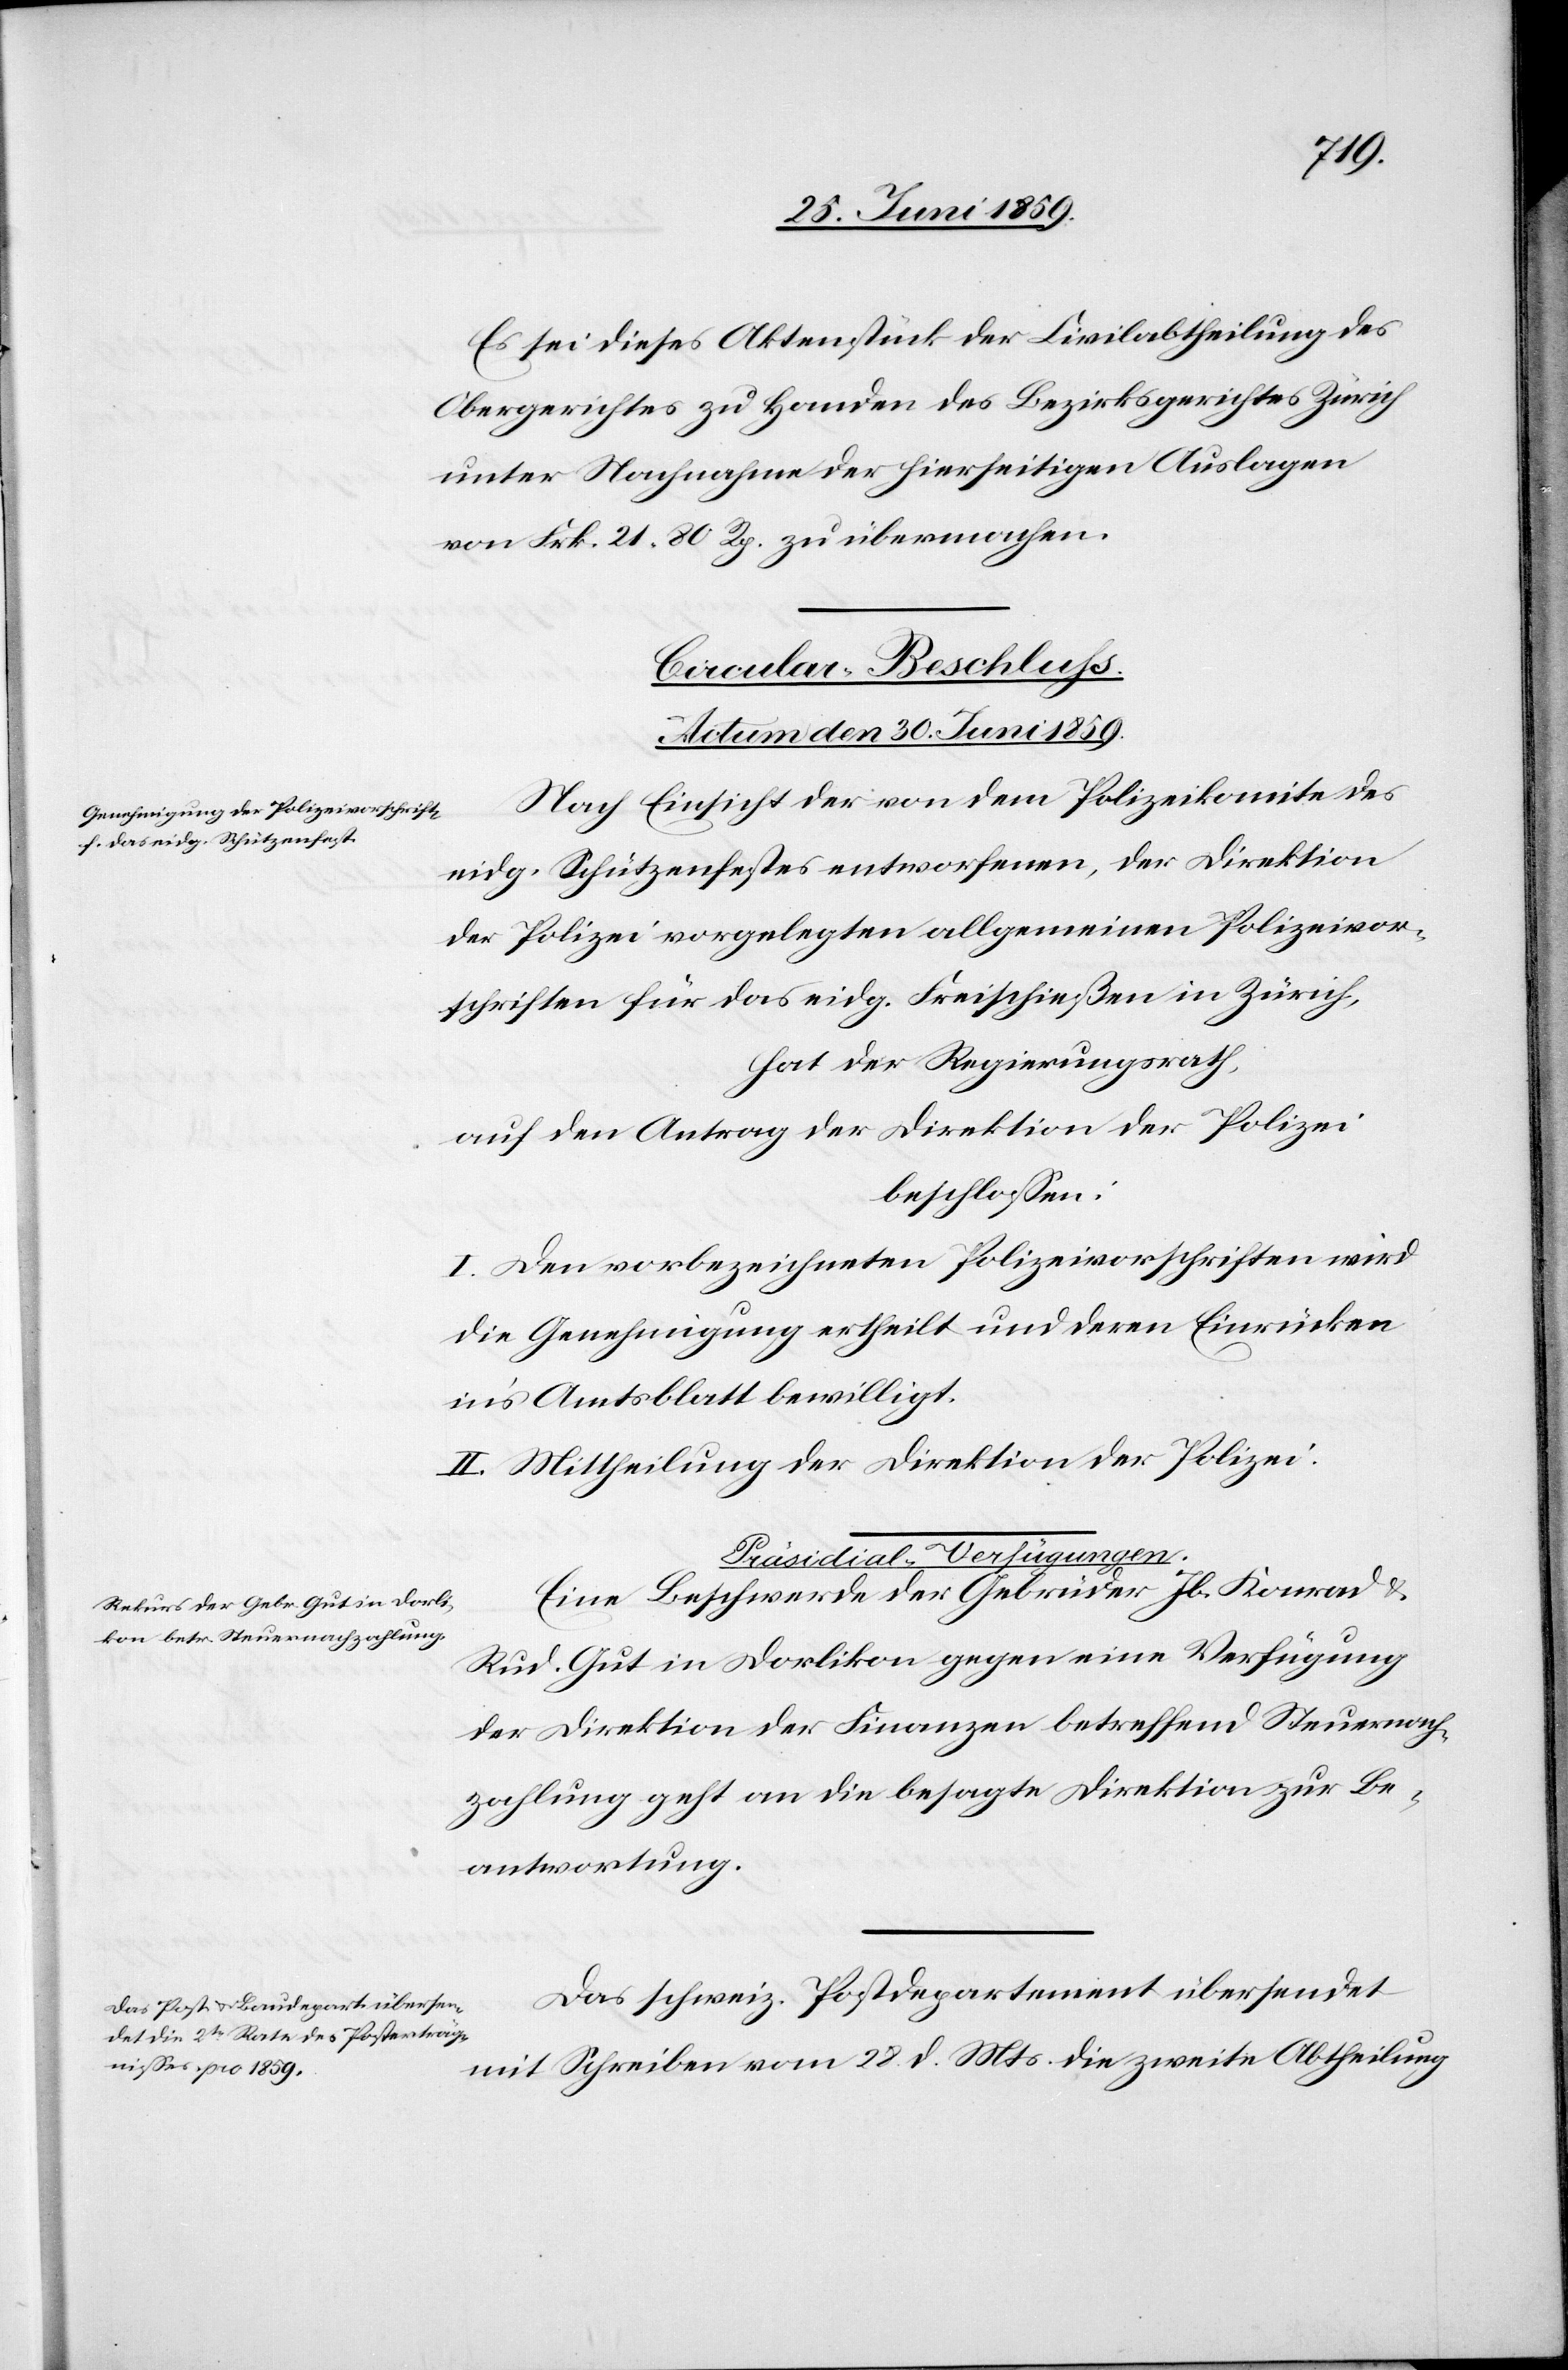
Es sei dieses Aktenstück der Civilabtheilung des
Obergerichtes zu Handen des Bezirksgerichtes Zürich
unter Nachnahme der hierseitigen Auslagen
von Frk. 21.80 Rp. zu übermachen.
Circular-Beschluß.
Actum den 30. Juni 1859.]
Nach Einsicht der von dem Polizeikomite des
eidg. Schützenfestes entworfenen, der Direktion
der Polizei vorgelegten allgemeinen Polizeivor¬
schriften für das eidg. Freischießen in Zürich,
hat der Regierungsrath,
auf den Antrag der Direktion der Polizei
beschlossen:
I. Den vorbezeichneten Polizeivorschriften wird
die Genehmigung ertheilt und deren Einrücken
in’s Amtsblatt bewilligt.
II. Mittheilung der Direktion der Polizei.
[Präsidial-Verfügungen.
Eine Beschwerde der Gebrüder Jb. Konrad &
Rud. Gut in Dorlikon gegen eine Verfügung
der Direktion der Finanzen betreffend Steuernach¬
zahlung geht an die besagte Direktion zur Be¬
antwortung.
Das schweiz. Postdepartement übersendet
mit Schreiben vom 28. d. Mts. die zweite Abtheilung